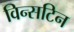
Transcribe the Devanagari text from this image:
विन्सटिन